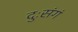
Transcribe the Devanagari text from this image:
दुःसंगं